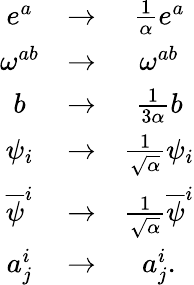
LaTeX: \begin{array}{ccc}{{e^{a}}}&{{\rightarrow}}&{{\frac{1}{\alpha}e^{a}}}\\ {{\omega^{ab}}}&{{\rightarrow}}&{{\omega^{ab}}}\\ {{b}}&{{\rightarrow}}&{{\frac{1}{3\alpha}b}}\\ {{\psi_{i}}}&{{\rightarrow}}&{{\frac{1}{\sqrt{\alpha}}\psi_{i}}}\\ {{\overline{{{\psi}}}^{i}}}&{{\rightarrow}}&{{\frac{1}{\sqrt{\alpha}}\overline{{{\psi}}}^{i}}}\\ {{a_{j}^{i}}}&{{\rightarrow}}&{{a_{j}^{i}.}}\end{array}